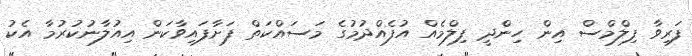
ފަރިވާ ފިލްމްސް އިން ހިންދީ ފިލްމެއް އުފެއްދުމުގެ މަސައްކަތް ފަށާފައިވާކަން އިއުލާނުކުރުމާ އެކު